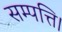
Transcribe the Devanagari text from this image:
सम्पत्ति।